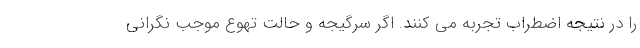
را در نتیجه اضطراب تجربه می کنند. اگر سرگیجه و حالت تهوع موجب نگرانی